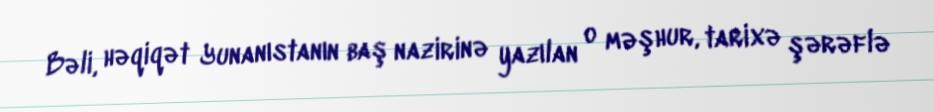
Bəli, həqiqət Yunanıstanın baş nazirinə yazılan o məşhur, tarixə şərəflə